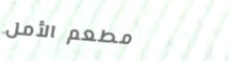
مطعم الأمل